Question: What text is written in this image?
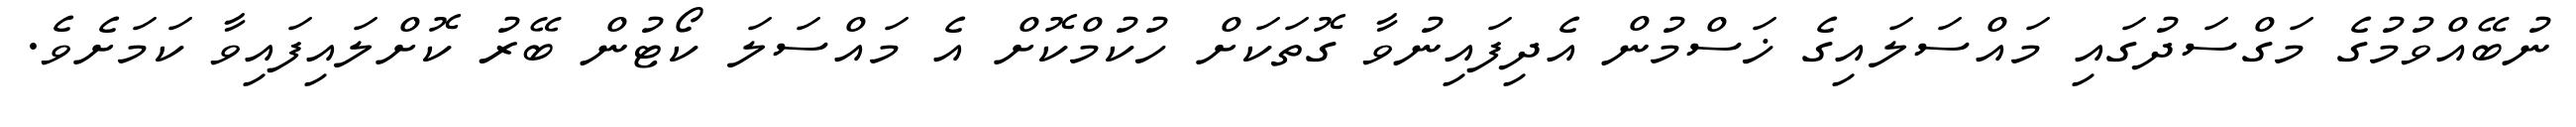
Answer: ނުބޭއްވުމުގެ މަގްސަދުގައި މައްސަލައިގެ ޚަސްމުން އެދިފައިނުވާ ގޮތަކަށް ހުކުމްކޮށް އެ މައްސަލަ ކޯޓުން ބޭރު ކޮށްލައިފައިވާ ކަމަށެވެ.